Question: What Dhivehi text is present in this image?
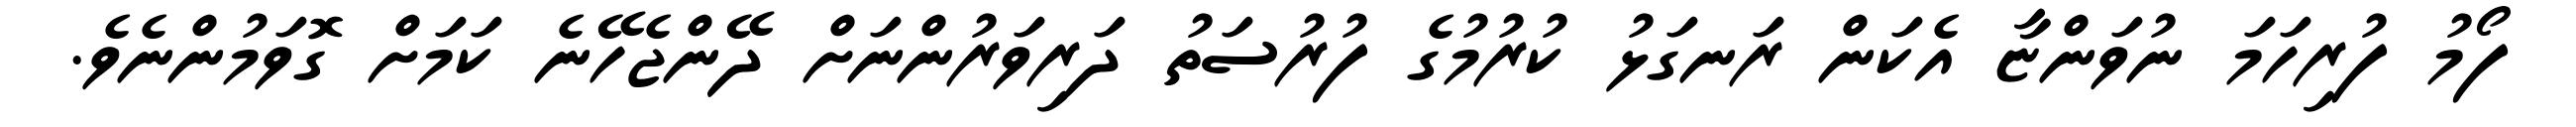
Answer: ފޯމު ފުރިހަމަ ނުވަންޏާ އެކަން ރަނގަޅު ކުރުމުގެ ފުރުސަތު ދަރިވަރުންނަށް ދޭންޖެހޭނެ ކަމަށް ގޮވަމުންނެވެ.